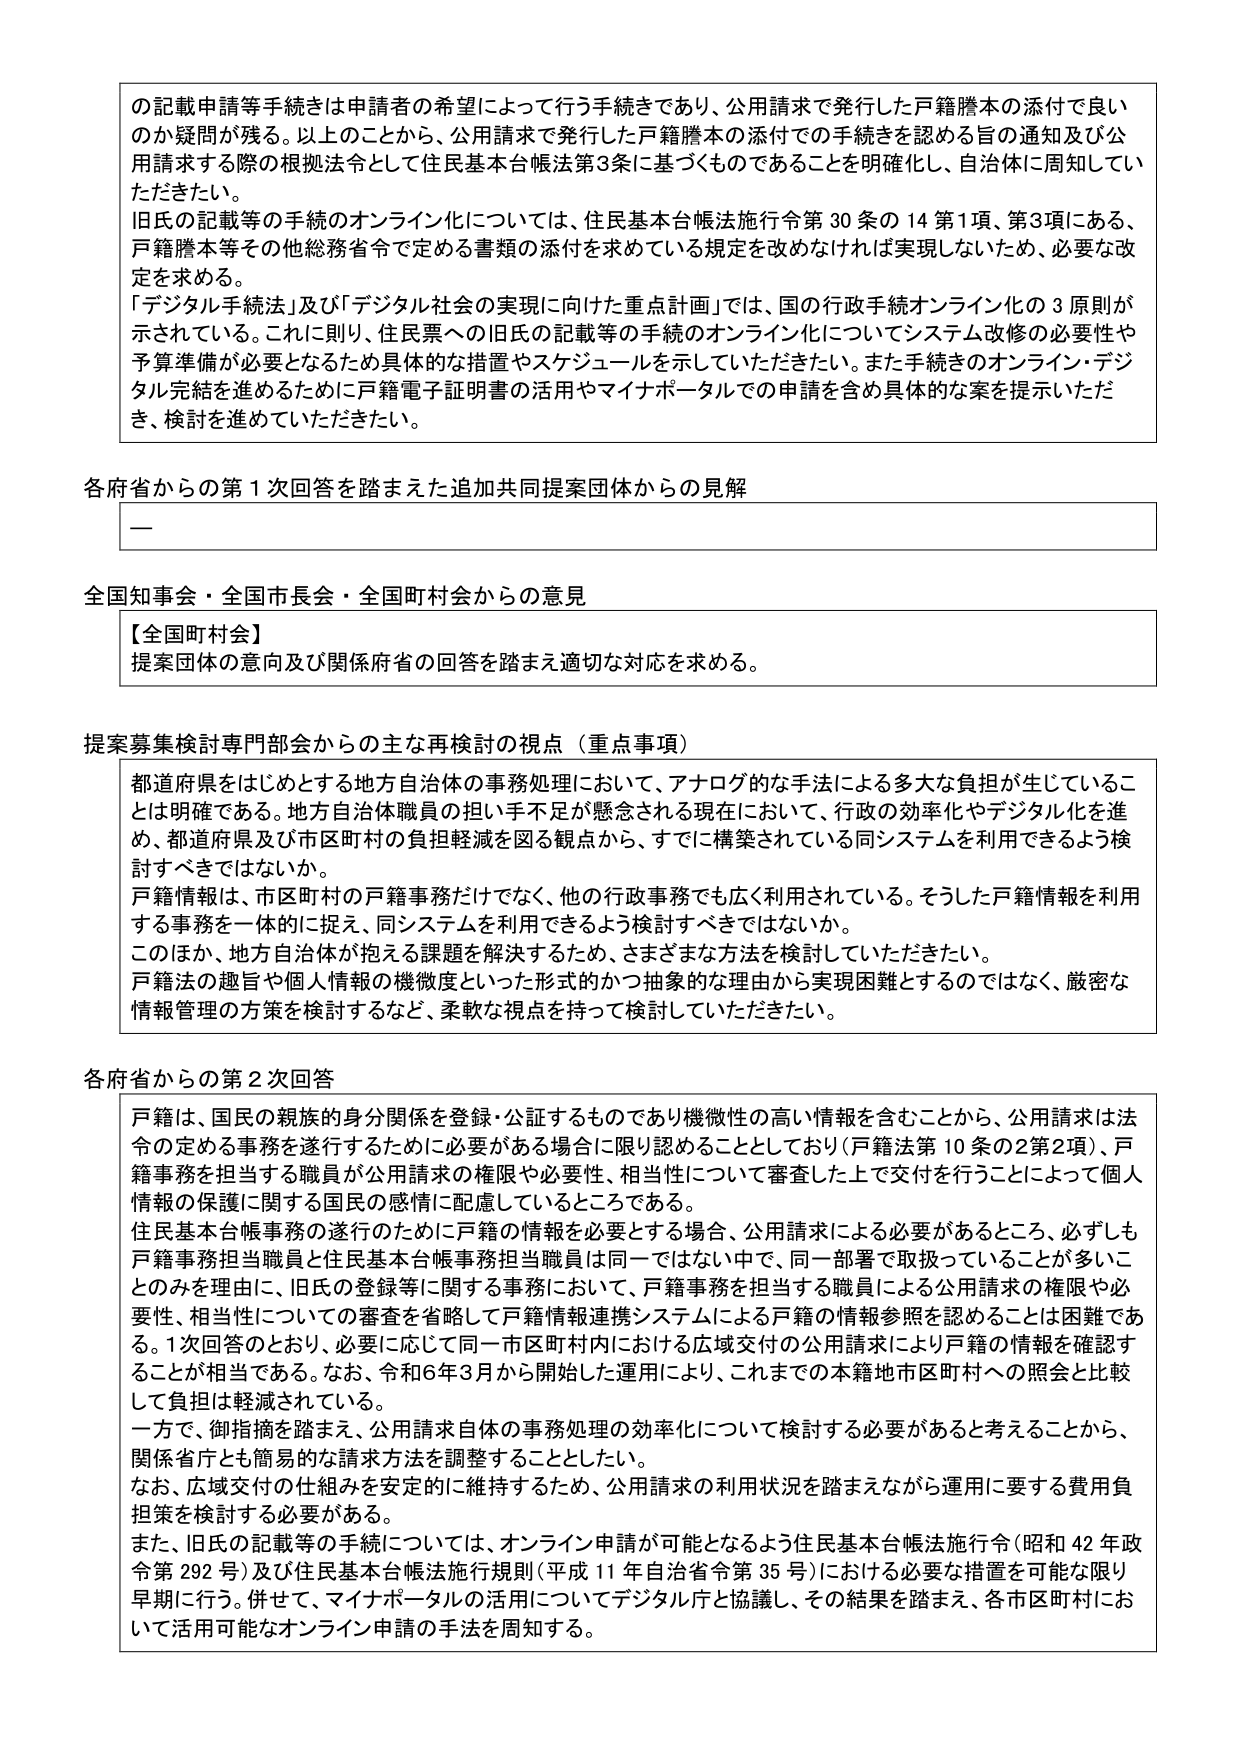
の記載申請等手続きは申請者の希望によって行う手続きであり、公用請求で発行した戸籍謄本の添付で良いのか疑問が残る。以上のことから、公用請求で発行した戸籍謄本の添付での手続きを認める旨の通知及び公用請求する際の根拠法令として住民基本台帳法第3条に基づくものであることを明確化し、自治体に周知していただきたい。

旧氏の記載等の手続のオンライン化については、住民基本台帳法施行令第30条の14第1項、第3項にある、戸籍謄本等その他総務省令で定める書類の添付を求めている規定を改めなければ実現しないため、必要な改定を求める。

「デジタル手続法」及び「デジタル社会の実現に向けた重点計画」では、国の行政手続オンライン化の3原則が示されている。これに則り、住民票への旧氏の記載等の手続のオンライン化についてシステム改修の必要性や予算準備が必要となるため具体的な措置やスケジュールを示していただきたい。また手続きのオンライン・デジタル完結を進めるために戸籍電子証明書の活用やマイナポータルでの申請を含め具体的な案を提示いただき、検討を進めていただきたい。

各府省からの第1次回答を踏まえた追加共同提案団体からの見解

—

全国知事会・全国市長会・全国町村会からの意見

【全国町村会】
提案団体の意向及び関係府省の回答を踏まえ適切な対応を求める。

提案募集検討専門部会からの主な再検討の視点（重点事項）

都道府県をはじめとする地方自治体の事務処理において、アナログ的な手法による多大な負担が生じていることは明確である。地方自治体職員の担い手不足が懸念される現在において、行政の効率化やデジタル化を進め、都道府県及び市区町村の負担軽減を図る観点から、すでに構築されている同システムを利用できるよう検討すべきではないか。

戸籍情報は、市区町村の戸籍事務だけでなく、他の行政事務でも広く利用されている。そうした戸籍情報を利用する事務を一体的に捉え、同システムを利用できるよう検討すべきではないか。

このほか、地方自治体が抱える課題を解決するため、さまざまな方法を検討していただきたい。

戸籍法の趣旨や個人情報の機微度といった形式的かつ抽象的な理由から実現困難とするのではなく、厳密な情報管理の方策を検討するなど、柔軟な視点を持って検討していただきたい。

各府省からの第2次回答

戸籍は、国民の親族の身分関係を登録・公証するものであり機微性の高い情報を含むことから、公用請求は法令の定める事務を遂行するために必要がある場合に限り認めることとしており（戸籍法第10条の2第2項）、戸籍事務を担当する職員が公用請求の権限や必要性、相当性について審査した上で交付を行うことによって個人情報の保護に関する国民の感情に配慮しているところである。

住民基本台帳事務の遂行のために戸籍の情報を必要とする場合、公用請求による必要があるところ、必ずしも戸籍事務担当職員と住民基本台帳事務担当職員は同一ではない中で、同一部署で取扱っていることが多いことのみを理由に、旧氏の登録等に関する事務において、戸籍事務を担当する職員による公用請求の権限や必要性、相当性についての審査を省略して戸籍情報連携システムによる戸籍の情報参照を認めることは困難である。1次回答のとおり、必要に応じて同一市区町村内における広域交付の公用請求により戸籍の情報を確認することが相当である。なお、令和6年3月から開始した運用により、これまでの本籍地市区町村への照会と比較して負担は軽減されている。

一方で、御指摘を踏まえ、公用請求自体の事務処理の効率化について検討する必要があると考えることから、関係省庁とも簡易的な請求方法を調整することとしたい。

なお、広域交付の仕組みを安定的に維持するため、公用請求の利用状況を踏まえながら運用に要する費用負担策を検討する必要がある。

また、旧氏の記載等の手続については、オンライン申請が可能となるよう住民基本台帳法施行令（昭和42年政令第292号）及び住民基本台帳法施行規則（平成11年自治省令第35号）における必要な措置を可能な限り早期に行う。併せて、マイナポータルの活用についてデジタル庁と協議し、その結果を踏まえ、各市区町村において活用可能なオンライン申請の手法を周知する。